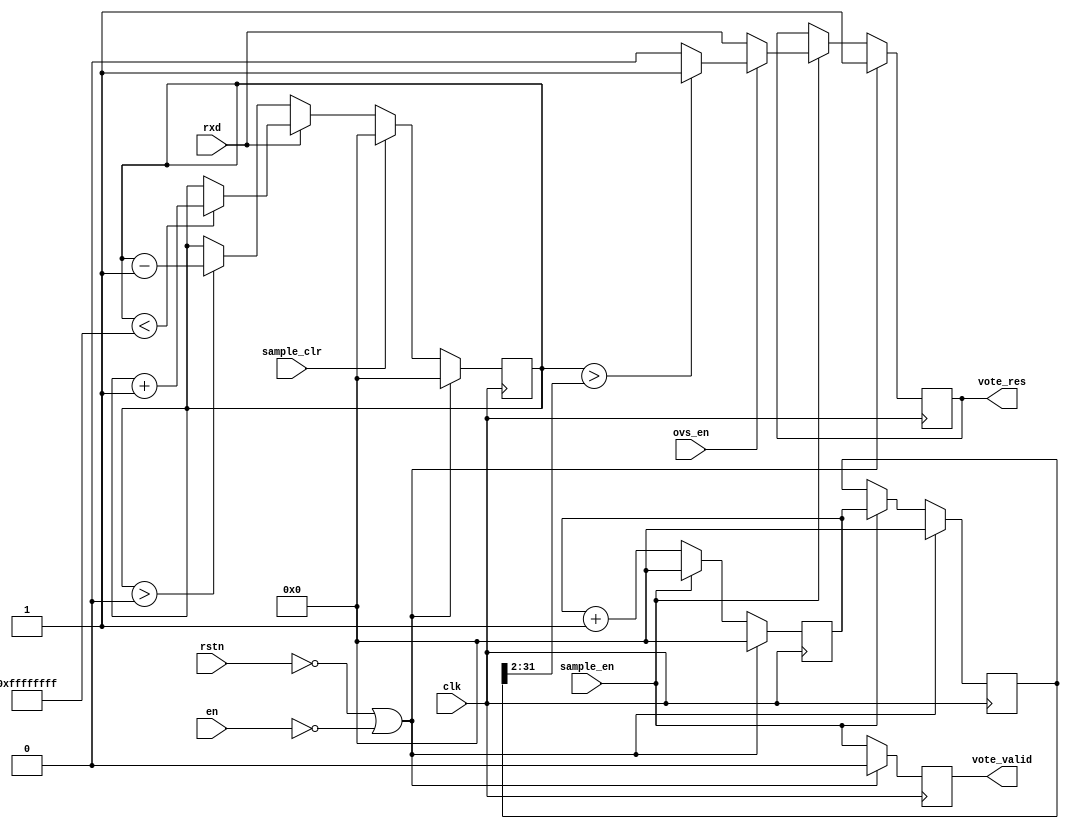
// verilog_format: off
`resetall
`timescale 1ns / 1ps
`default_nettype none
// verilog_format: on

module hdlc_rx_ovs #(
    parameter CNT_WIDTH = 32  // ovs counter width
) (
    input  wire clk,         // clock
    input  wire rstn,        // active low reset
    input  wire en,          //
    input  wire ovs_en,      //
    input  wire rxd,         //
    input  wire sample_clr,  //
    input  wire sample_en,   //
    output reg  vote_res,    //
    output reg  vote_valid   //
);

    reg [(CNT_WIDTH-1):0] vote_cnt;
    reg [(CNT_WIDTH-1):0] clk_cnt;
    reg [(CNT_WIDTH-1):0] clk_cnt_latch;

    // 
    always @(posedge clk) begin
        if (!rstn || !en) begin
            clk_cnt <= 0;
        end else begin
            if (sample_en) begin
                clk_cnt <= 0;
            end else begin
                clk_cnt = clk_cnt + 1;
            end
        end
    end

    // 
    always @(posedge clk) begin
        if (!rstn || !en) begin
            clk_cnt_latch <= 0;
        end else begin
            if (sample_en) begin
                clk_cnt_latch <= clk_cnt;
            end
        end
    end

    // 
    always @(posedge clk) begin
        if (!rstn || !en) begin
            vote_cnt <= 0;
        end else begin
            if (sample_clr) begin
                vote_cnt <= 0;
            end else begin
                if (rxd) begin
                    if (vote_cnt < 32'hffffffff) vote_cnt = vote_cnt + 1;
                end else begin
                    if (vote_cnt > 32'h0) vote_cnt = vote_cnt - 1;
                end
            end
        end
    end

    // 
    always @(posedge clk) begin
        if (!rstn || !en) begin
            vote_res <= 1'b1;
        end else begin
            if (sample_en) begin
                if (ovs_en) begin
                    if (vote_cnt > clk_cnt_latch[(CNT_WIDTH-1):2]) vote_res <= 1'b1;
                    else vote_res <= 1'b0;
                end else begin
                    vote_res <= rxd;
                end
            end
        end
    end

    always @(posedge clk) begin
        if (!rstn || !en) begin
            vote_valid <= 1'b0;
        end else begin
            vote_valid <= sample_en;
        end
    end
endmodule

// verilog_format: off
`resetall
// verilog_format: on